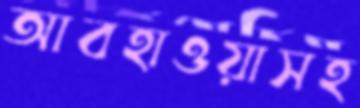
আবহাওয়াসহ